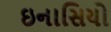
ઇનાસિયો